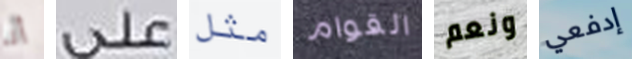
أنا على مثل القوام ونعم إدفعي